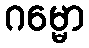
ဂမ္မော